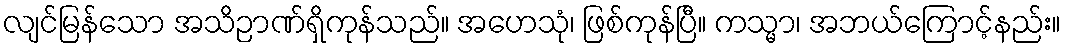
လျင်မြန်သော အသိဉာဏ်ရှိကုန်သည်။ အဟေသုံ၊ ဖြစ်ကုန်ပြီ။ ကသ္မာ၊ အဘယ်ကြောင့်နည်း။